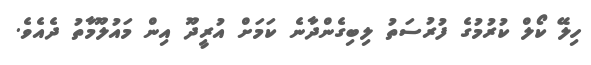
ހިލޭ ކޯލް ކުރުމުގެ ފުރުސަތު ލިބިގެންދާނެ ކަމަށް އުރީދޫ އިން މައުލޫމާތު ދެއެވެ.